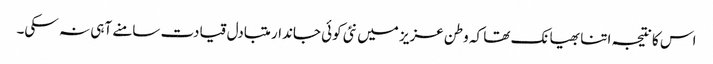
اس کا نتیجہ اتنا بھیانک تھا کہ وطن عزیز میں نئی کوئی جاندار متبادل قیادت سامنے آہی نہ سکی۔